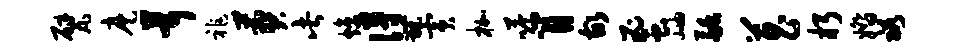
甓麾茸祚葬此焕得甑寅枷嗒肖故蜜岫融菖朽婚裕